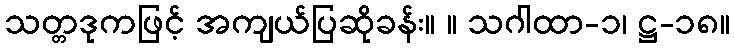
သတ္တဒုကဖြင့် အကျယ်ပြဆိုခန်း။ ။ သဂါထာ-၁၊ ဋ္ဌ-၁၈။